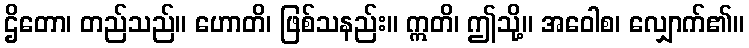
ဌိတော၊ တည်သည်။ ဟောတိ၊ ဖြစ်သနည်း။ ဣတိ၊ ဤသို့။ အဝေါစ၊ လျှောက်၏။